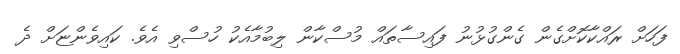
ފަހަށް ރައްކާކޮށްގެން ގެންގުޅުނު ފައިސާތައް މުސްކާން ލިބުމާއެކު ހުސްވި އެވެ. ކައިވެންޏަށް ދެ